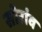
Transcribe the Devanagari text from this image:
सोरांव